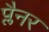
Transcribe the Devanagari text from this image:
प्लैनर